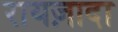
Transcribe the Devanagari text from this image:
रायज़ादा